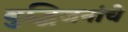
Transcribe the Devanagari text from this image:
बुद्धिजनांचे